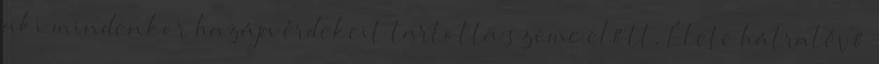
aki mindenkor hazája érdekeit tartotta szeme előtt. Élete hátralévő